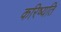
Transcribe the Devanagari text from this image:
करिष्यति